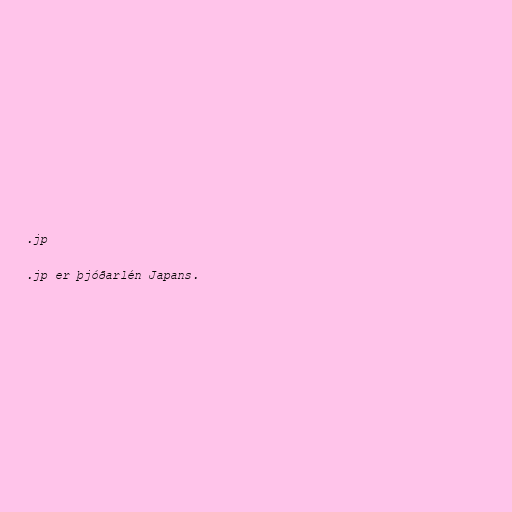
.jp

.jp er þjóðarlén Japans.